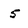
Character: 5